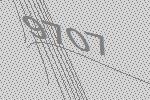
9707